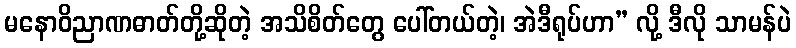
မနောဝိညာဏဓာတ်တို့ဆိုတဲ့ အသိစိတ်တွေ ပေါ်တယ်တဲ့၊ အဲဒီရုပ်ဟာ” လို့ ဒီလို သာမန်ပဲ